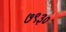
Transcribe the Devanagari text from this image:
७९३०